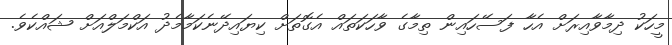
މީހަކު ދިމާވާއިރަށް އެހާ ފަސޭހައިން ތިމާގެ ވާހަކަތައް އެގޮތަށް ކިޔައިދޭނެކަމާމެދު އަކްމަލްއަށް ޝައްކެވެ.